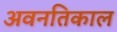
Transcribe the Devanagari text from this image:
अवनतिकाल